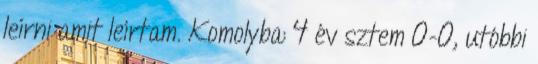
leírni amit leírtam. Komolyba: 4 év sztem 0-0, utóbbi